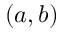
( a , b )